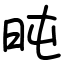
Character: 旽